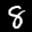
Label: 8